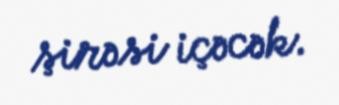
şirəsi içəcək.